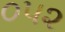
૦૫૨